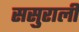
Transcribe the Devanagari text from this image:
ससुराली